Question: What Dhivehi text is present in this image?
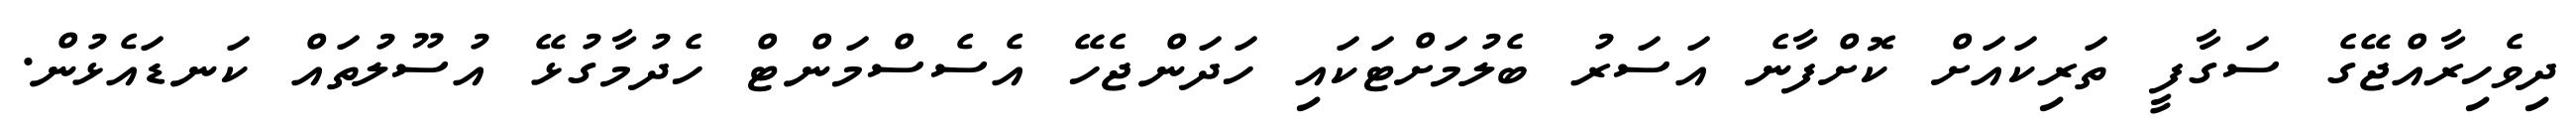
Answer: ދިވެހިރާއްޖޭގެ ސަގާފީ ތަރިކައަށް ކޮށްފާނެ އަސަރު ބެލުމަށްޓަކައި ހަދަންޖެހޭ އެސެސްމަންޓް ހެދުމާގުޅޭ އުސޫލުތައް ކަނޑައެޅުން.